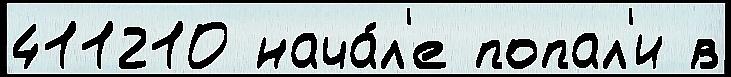
411210 нача́л'е попал'и в